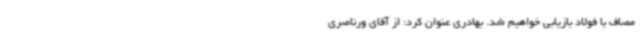
مصاف با فولاد بازیابی خواهیم شد. بهادری عنوان کرد: از آقای ورناصری